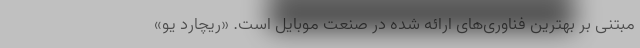
مبتنی بر بهترین فناوری‌های ارائه شده در صنعت موبایل است. «ریچارد یو»